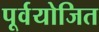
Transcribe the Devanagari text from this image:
पूर्वयोजित